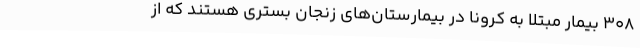
308 بیمار مبتلا به کرونا در بیمارستان‌های زنجان بستری هستند که از